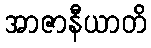
အာဇာနီယာတိ